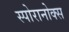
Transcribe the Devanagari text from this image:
स्पोरानोक्स